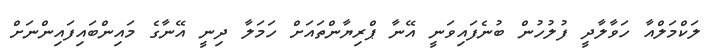
ލަކްމަލްއާ ހަވާލާދީ ފުލުހުން ބުނެފައިވަނީ އޭނާ ޕްރިޔާންތައަށް ހަމަލާ ދިނީ އޭނާގެ މައިންބައިފައިންނަށް